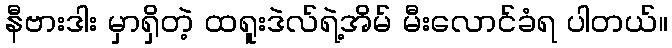
နီဗားဒါး မှာရှိတဲ့ ထရူးဒဲလ်ရဲ့အိမ် မီးလောင်ခံရ ပါတယ်။